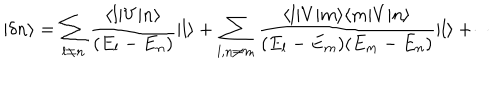
| \delta n \rangle = \sum _ { l \neq n } { \frac { \langle l | V | n \rangle } { ( E _ { l } - E _ { n } ) } } | l \rangle + \sum _ { l , n \neq m } { \frac { \langle l | V | m \rangle \langle m | V | n \rangle } { ( E _ { l } - E _ { m } ) ( E _ { m } - E _ { n } ) } } | l \rangle + \cdots